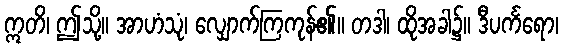
ဣတိ၊ ဤသို့။ အာဟံသုံ၊ လျှောက်ကြကုန်၏။ တဒါ၊ ထိုအခါ၌။ ဒီပင်္ကရော၊